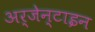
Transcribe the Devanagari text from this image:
अर्जेन्टाइन